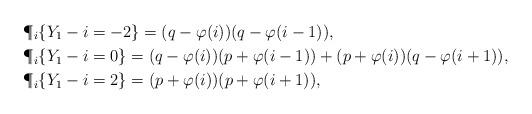
LaTeX: \begin{align*}&\P_i\{Y_1-i=-2\}=(q-\varphi(i))(q-\varphi(i-1)),\\&\P_i\{Y_1-i=0\}=(q-\varphi(i))(p+\varphi(i-1))+(p+\varphi(i))(q-\varphi(i+1)),\\&\P_i\{Y_1-i=2\}=(p+\varphi(i))(p+\varphi(i+1)),\end{align*}